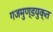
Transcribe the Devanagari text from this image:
गजमुण्डयुक्त